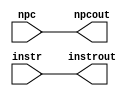
`timescale 1ns / 1ps

module if_id (
   output reg [31:0] instrout,       // Output of IF/ID Instruction Register
                       npcout,       // Output of IF/ID NPC Register
   input wire [31:0]    instr,       // Input of IF/ID Instruction Register
                          npc        // Input of IF/ID NPC Register
   );
   initial begin
      instrout <= 0;
      npcout   <= 0;
   end
   always @* begin
      #1 instrout <= instr;
           npcout <= npc;
   end
endmodule // if_id